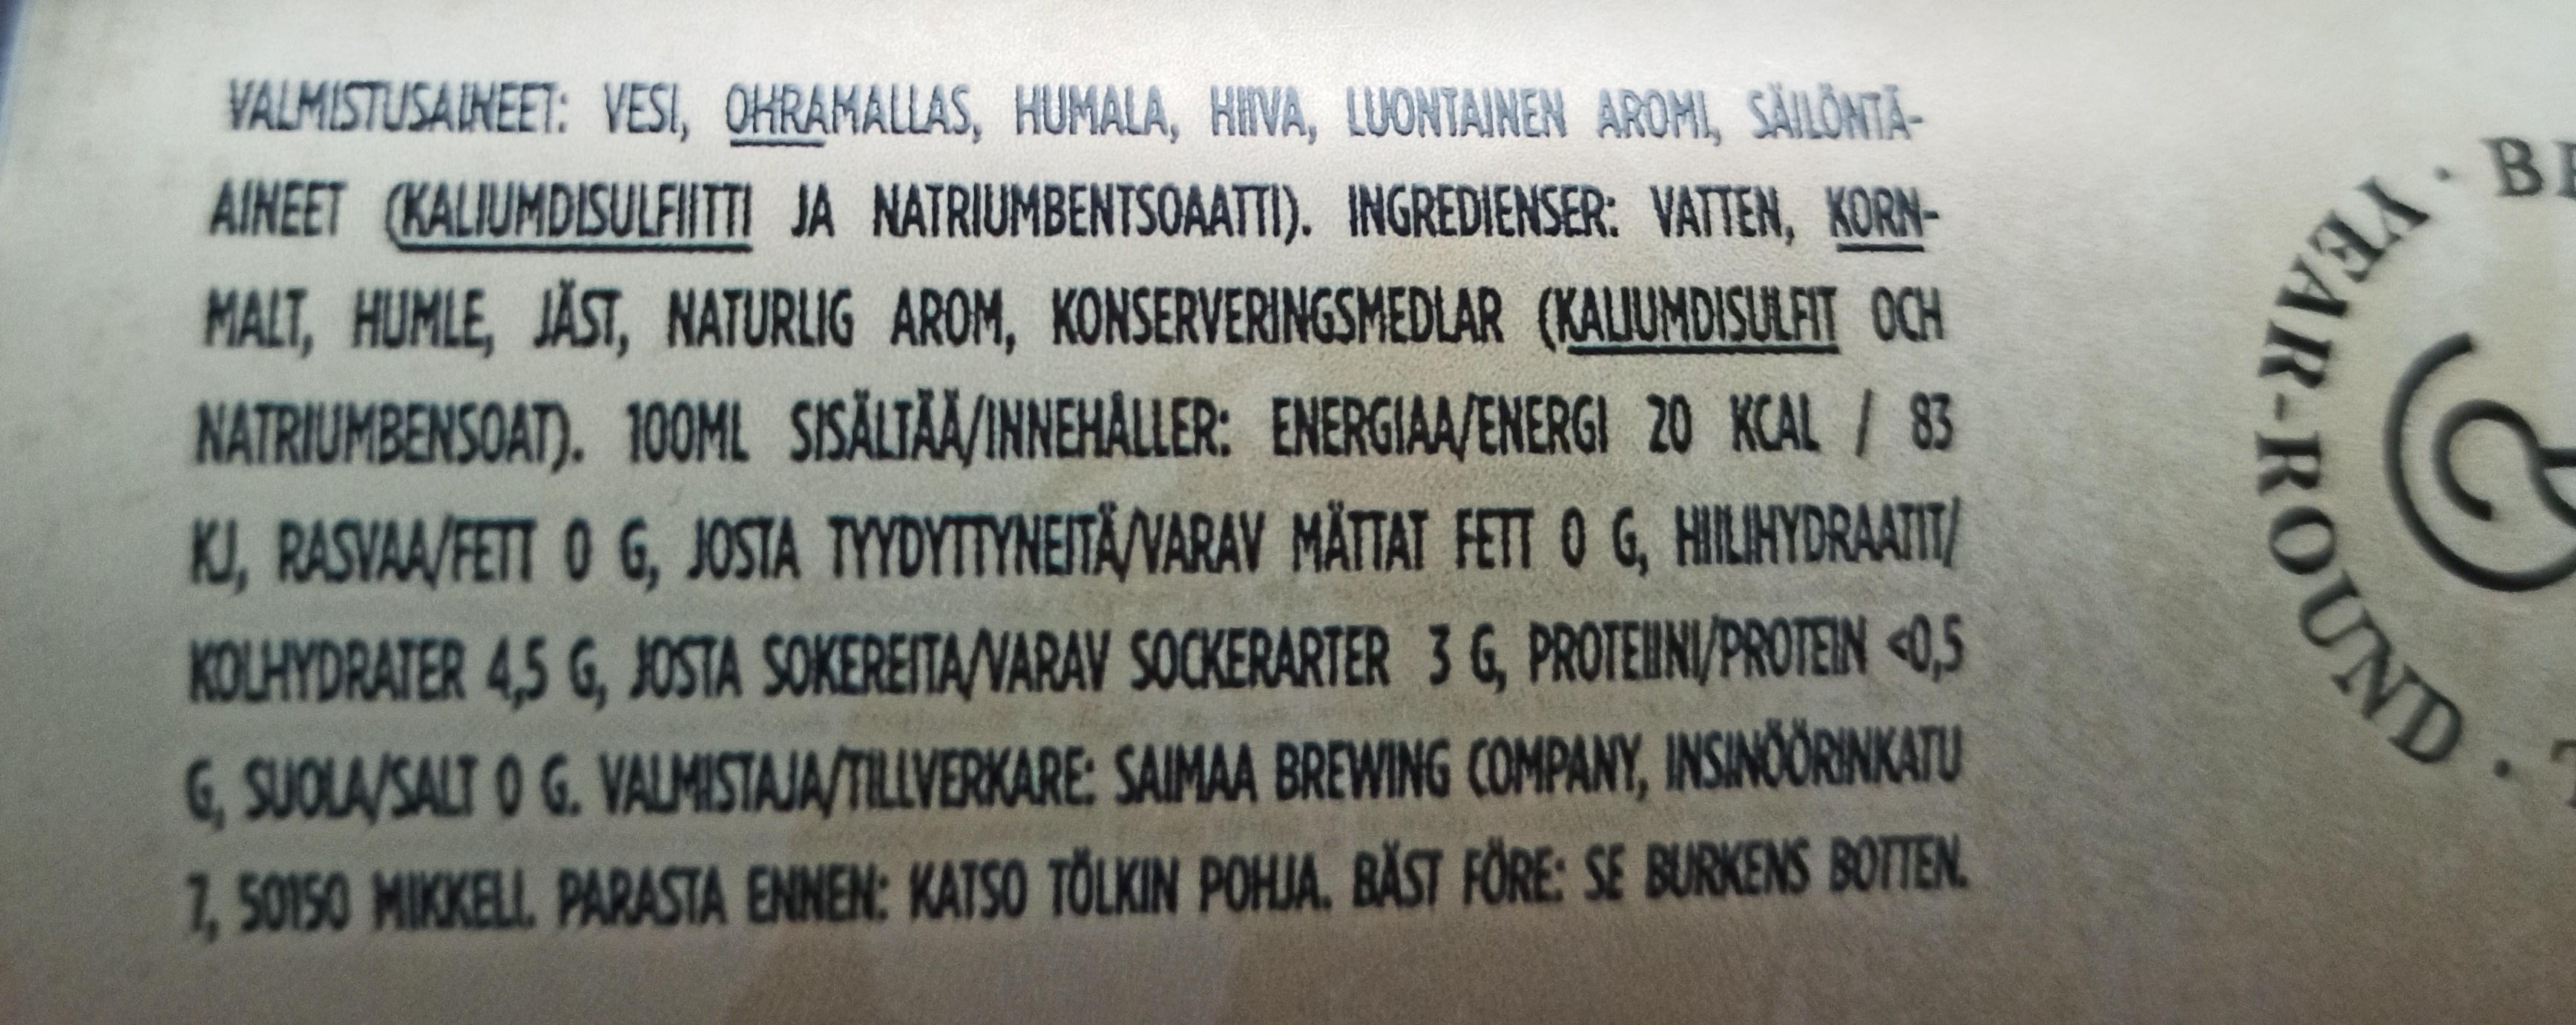
VALMISTUSAINEET: VESI, OHRAMALLAS, HUMALA, HIVA, LUONTAINEN AROMI, SAILONTÃ-
AINEET (KALIUMDISULFIITTI JA NATRIUMBENTSOAATTI). INGREDIENSER: VATTEN, KORN-
MALT, HUMLE, JÄST, NATURLIG AROM, KONSERVERINGSMEDLAR (KALIUMDISULFIT OCH NATRIUMBENSOAT). 100ML SISÄLTÄÄ/INNEHÅLLER: ENERGIAA/ENERGI 20 KCAL / 83 KJ, RASVAA/FETT O G, JOSTA TYYDYTTYNEITÄ/VARAV MÄTTAT FETT O G, HILIHYDRAATIT/
KOLHYDRATER 4,5 G, JOSTA SOKEREITA/VARAV SOCKERARTER 3 G, PROTEIN/PROTEIN <0,5
G, SUOLA/SALT O G. VALMISTAJA/TILLVERKARE: SAIMAA BREWING COMPANY, INSINÖÖRINKATU 7,50150 MIKKELL PARASTA ENNEN: KATSO TÖLKIN POHJA. BÄST FÖRE: SE BURKENS BOTTEN.
PEN
OUND